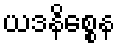
ယဒနိစ္စေန